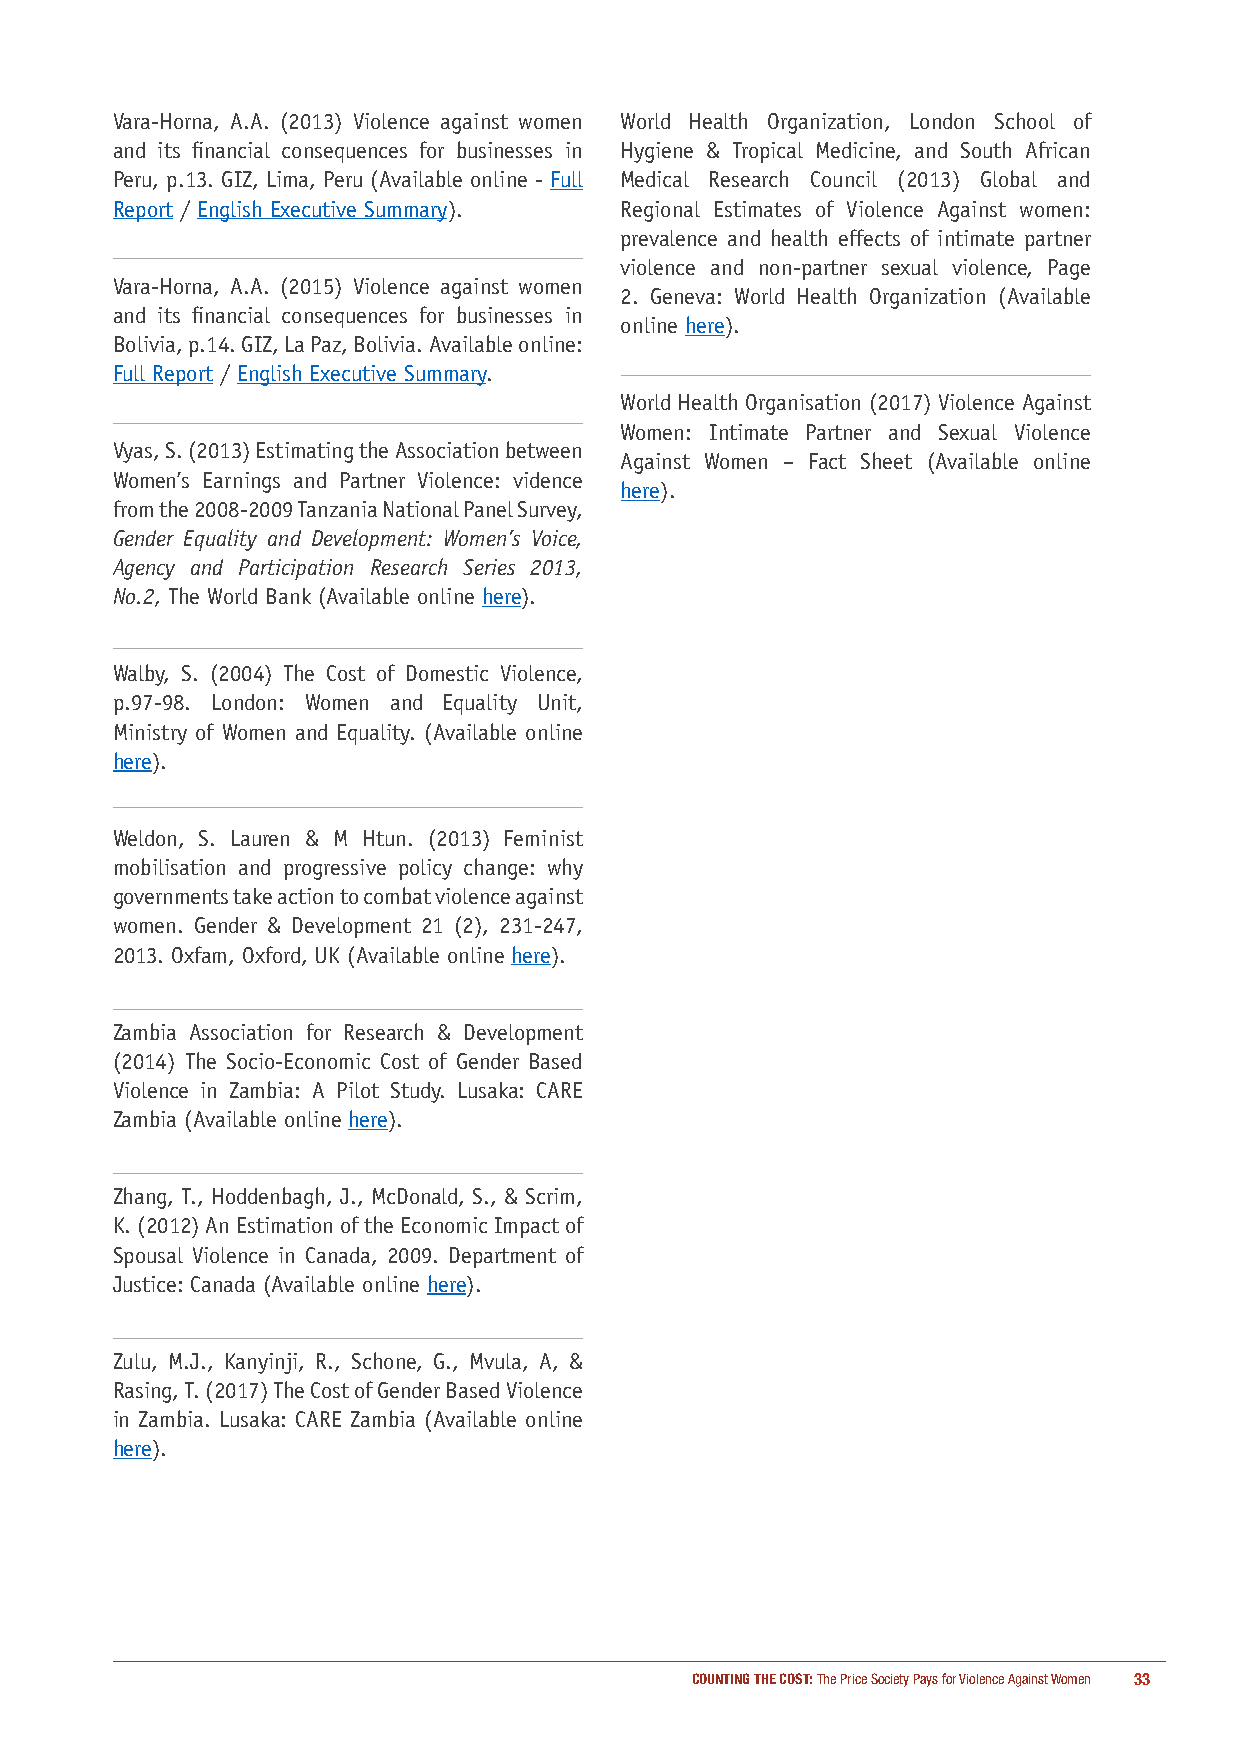
Vara-Horna, A.A. (2013) Violence against women World Health Organization, London School of
 and its financial consequences for businesses in Hygiene & Tropical Medicine, and South African
 Peru, p.13. GIZ, Lima, Peru (Available online - Full Medical Research Council (2013) Global and
 Report / English Executive Summary). Regional Estimates of Violence Against women:
 prevalence and health effects of intimate partner
 violence and non-partner sexual violence, Page
 Vara-Horna, A.A. (2015) Violence against women
 2. Geneva: World Health Organization (Available
 and its financial consequences for businesses in
 online here).
 Bolivia, p.14. GIZ, La Paz, Bolivia. Available online:
 Full Report / English Executive Summary.
 World Health Organisation (2017) Violence Against
 Women: Intimate Partner and Sexual Violence
 Vyas, S. (2013) Estimating the Association between
 Against Women – Fact Sheet (Available online
 Women’s Earnings and Partner Violence: vidence
 here).
 from the 2008-2009 Tanzania National Panel Survey,
 Gender Equality and Development: Women’s Voice,
 Agency and Participation Research Series 2013,
 No.2, The World Bank (Available online here).
 Walby, S. (2004) The Cost of Domestic Violence,
 p.97-98. London: Women and Equality Unit,
 Ministry of Women and Equality. (Available online
 here).
 Weldon, S. Lauren & M Htun. (2013) Feminist
 mobilisation and progressive policy change: why
 governments take action to combat violence against
 women. Gender & Development 21 (2), 231-247,
 2013. Oxfam, Oxford, UK (Available online here).
 Zambia Association for Research & Development
 (2014) The Socio-Economic Cost of Gender Based
 Violence in Zambia: A Pilot Study. Lusaka: CARE
 Zambia (Available online here).
 Zhang, T., Hoddenbagh, J., McDonald, S., & Scrim,
 K. (2012) An Estimation of the Economic Impact of
 Spousal Violence in Canada, 2009. Department of
 Justice: Canada (Available online here).
 Zulu, M.J., Kanyinji, R., Schone, G., Mvula, A, &
 Rasing, T. (2017) The Cost of Gender Based Violence
 in Zambia. Lusaka: CARE Zambia (Available online
 here).
 COUNTING THE COST: The Price Society Pays for Violence Against Women 33